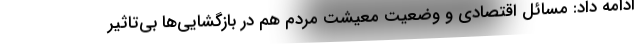
ادامه داد: مسائل اقتصادی و وضعیت معیشت مردم هم در بازگشایی‌ها بی‌تاثیر